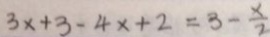
3 x + 3 - 4 x + 2 = 3 - \frac { x } { 2 }